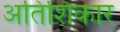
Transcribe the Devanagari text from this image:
अतिशिकार